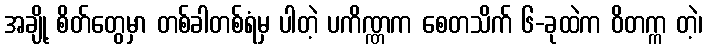
အချို့ စိတ်တွေမှာ တစ်ခါတစ်ရံမှ ပါတဲ့ ပကိဏ္ဏက စေတသိက် ၆-ခုထဲက ဝိတက္က တဲ့၊